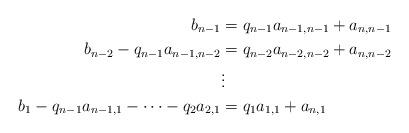
LaTeX: \begin{align*}b_{n-1} &= q_{n-1}a_{n-1,n-1} + a_{n,n-1} \\b_{n-2} - q_{n-1}a_{n-1,n-2} &= q_{n-2}a_{n-2,n-2} + a_{n,n-2} \\&\vdots \\b_1 - q_{n-1}a_{n-1,1} - \cdots - q_2a_{2,1} &= q_1a_{1,1} + a_{n,1}\end{align*}